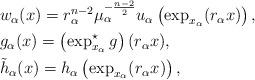
LaTeX: \begin{align*}&w_\alpha(x) = r_\alpha^{n-2} \mu_\alpha^{-\frac{n-2}{2}} u_\alpha\left(\exp_{x_\alpha}(r_\alpha x) \right),\\&g_\alpha(x) = \left(\exp_{x_\alpha}^\star g\right)(r_\alpha x),~ \\&\tilde{h}_\alpha(x) = h_\alpha\left(\exp_{x_\alpha}(r_\alpha x) \right),\end{align*}